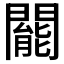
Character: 𨶙